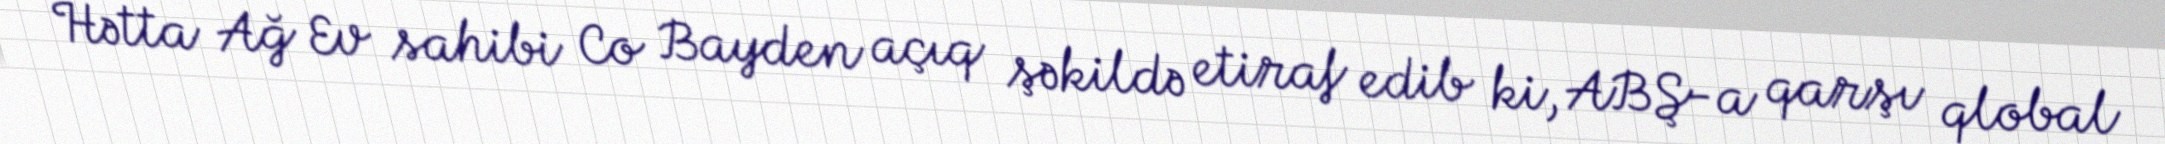
Hətta Ağ Ev sahibi Co Bayden açıq şəkildə etiraf edib ki, ABŞ-a qarşı qlobal